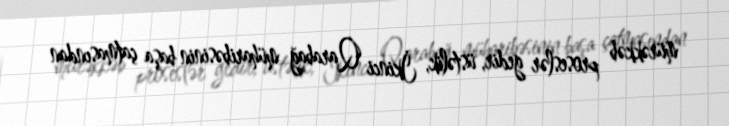
mürəkkəb proseslər gedir, üstəlik, İkinci Qarabağ müharibəsinin başa çatmasından